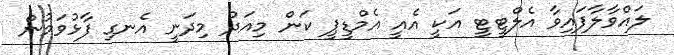
ލައްވާލާފައިވާ އެލްޓީޓީ އަކީ އެއީ އެމްޑީޕީ ކަން މިއަދު މިދަނީ އެނގި ފާޅުވަމުން